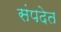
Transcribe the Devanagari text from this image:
संपदेत